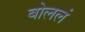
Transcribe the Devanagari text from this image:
बोललं